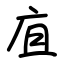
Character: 㡹